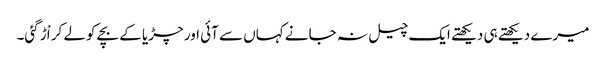
میرے دیکھتے ہی دیکھتے ایک چیل نہ جانے کہاں سے آئی اور چڑیا کے بچے کولے کر اْڑ گئی۔